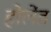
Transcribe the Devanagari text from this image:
होलेंड